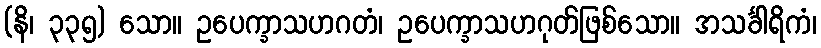
(နိ၊ ၃၃၅) သော။ ဥပေက္ခာသဟဂတံ၊ ဥပေက္ခာသဟဂုတ်ဖြစ်သော။ အသင်္ခါရိကံ၊